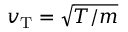
v _ { \mathrm { T } } = \sqrt { T / m }